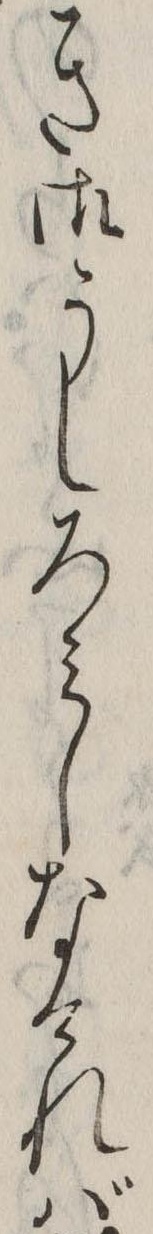
き御うしろみしなければ